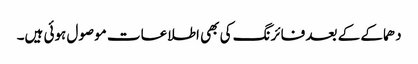
دھماکے کے بعد فائرنگ کی بھی اطلاعات موصول ہوئی ہیں۔